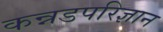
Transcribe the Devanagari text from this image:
कन्नडपरिज्ञान